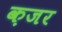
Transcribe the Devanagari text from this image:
क़जर